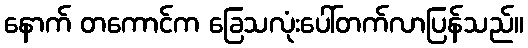
နောက် တကောင်က ခြေသလုံးပေါ်တက်လာပြန်သည်။